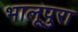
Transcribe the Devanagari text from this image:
भालूपुरा